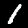
Digit: 1